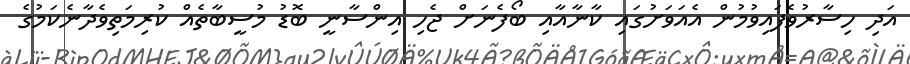
އަދި ހިސާރުވެފައިވުމުން އެއަވަށުގައި ކާނާއާއި ބޯފެނަށް ޖެހި އިންސާނީ ބޮޑު މުސީބާތެއް ކުރިމަތިވެދާނެކަމުގެ